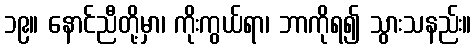
၁၉။ နောင်ညီတို့မှာ၊ ကိုးကွယ်ရာ၊ ဘာကိုရ၍ သွားသနည်း။